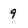
Character: 9